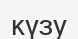
күзу